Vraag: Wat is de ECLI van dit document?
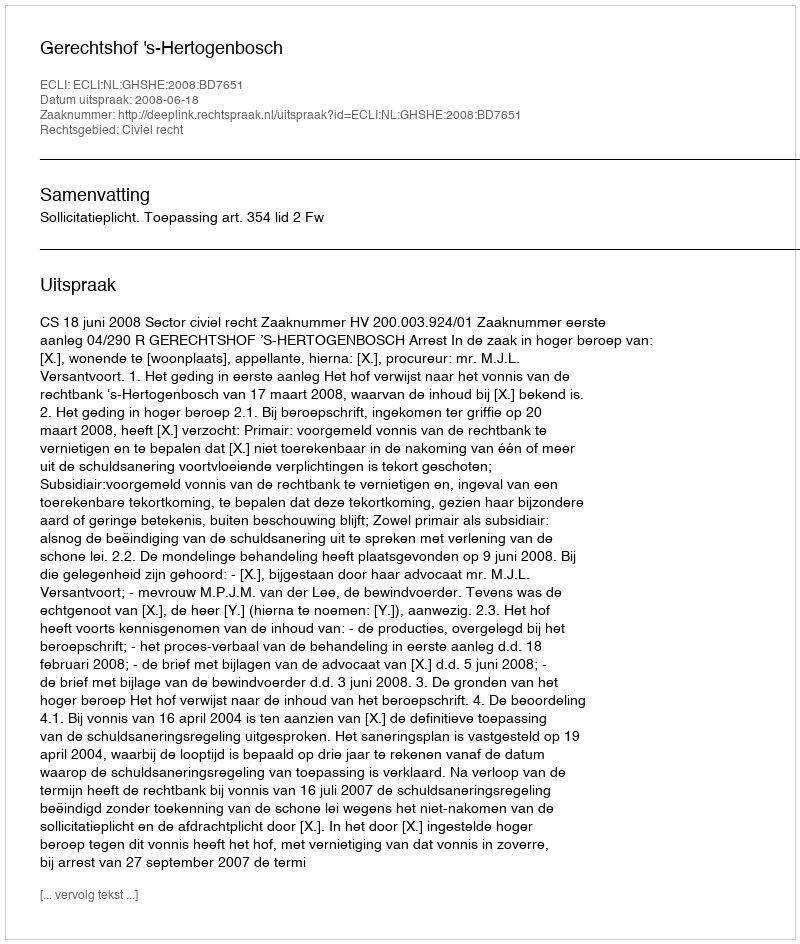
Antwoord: ECLI:NL:GHSHE:2008:BD7651